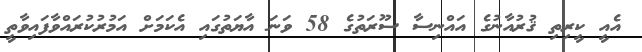
އެއީ ކީރިތި ޤުރުއާނުގެ އައްނިސާ ސޫރަތުގެ 58 ވަނަ އާޔަތުގައި އެކަމަށް އަމުރުކުރައްވާފައިވާތީ